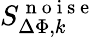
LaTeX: S_{\Delta\Phi,k}^{\mathrm{~n~o~i~s~e~}}